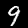
Digit: 9